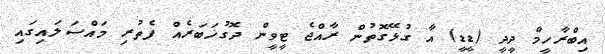
އިބްރާހީމް ދީދީ (ޑީޑީ) އާ ގުޅޭގޮތުން ރާއްޖެ ޓީވީން ދޮގުޚަބަރެއް ފެތުރި މައްސަލައިގައި